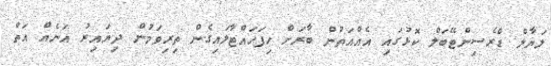
ލަޔާލް ޑްރެސިންޓޭބަލް ކޮޅުގައި އެއްއަތުން ބާރަށް ހިފަހައްޓާލައިގެން ތިރިވަމުން ދިޔައިރު އަނެއް އަތް